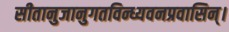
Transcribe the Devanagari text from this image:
सीतानुजानुगतविन्ध्यवनप्रवासिन्।